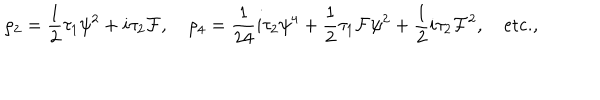
\rho _ { 2 } = { \frac { 1 } { 2 } } \tau _ { 1 } \psi ^ { 2 } + i \tau _ { 2 } { \cal F } , \quad \rho _ { 4 } = { \frac { 1 } { 2 4 } } i \tau _ { 2 } \psi ^ { 4 } + { \frac { 1 } { 2 } } \tau _ { 1 } { \cal F } \psi ^ { 2 } + { \frac { 1 } { 2 } } i \tau _ { 2 } { \cal F } ^ { 2 } , \quad \mathrm { e t c . } ,